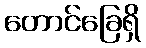
တောင်ခြေရှိ